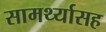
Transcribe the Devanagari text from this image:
सामर्थ्यासह